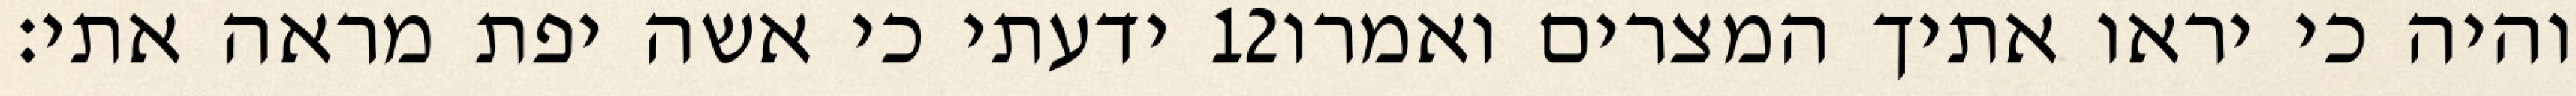
ידעתי כי אשה יפת מראה אתי׃ ‎12‏ והיה כי יראו אתיך המצרים ואמרו